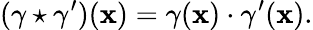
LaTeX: (\gamma\star\gamma^{\prime})(\mathbf{x})=\gamma(\mathbf{x})\cdot\gamma^{\prime}(\mathbf{x}).